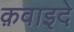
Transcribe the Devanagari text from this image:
क़वाइदे